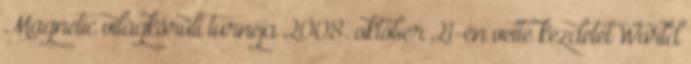
Magnetic világkörüli turnéja 2008. október 21-én vette kezdetét World